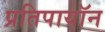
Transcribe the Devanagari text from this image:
प्रतिपायॉन